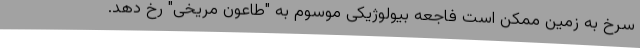
سرخ به زمین ممکن است فاجعه بیولوژیکی موسوم به "طاعون مریخی" رخ دهد.